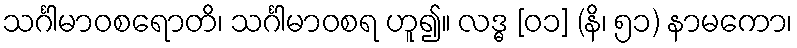
သင်္ဂါမာဝစရောတိ၊ သင်္ဂါမာဝစရ ဟူ၍။ လဒ္ဓ [၀၁] (နိ၊ ၅၁) နာမကော၊